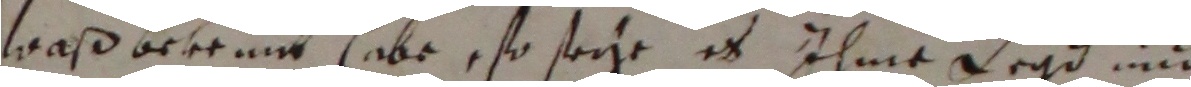
waß bekemnt habe, so seye es ihme beyd uit